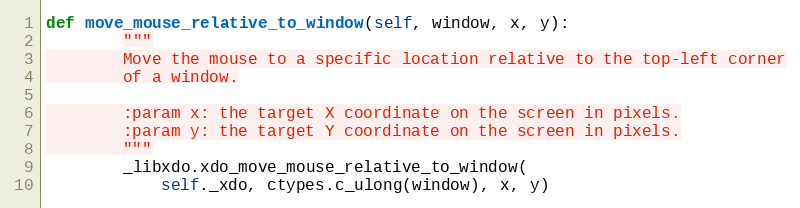
Language: Python
def move_mouse_relative_to_window(self, window, x, y):
        """
        Move the mouse to a specific location relative to the top-left corner
        of a window.

        :param x: the target X coordinate on the screen in pixels.
        :param y: the target Y coordinate on the screen in pixels.
        """
        _libxdo.xdo_move_mouse_relative_to_window(
            self._xdo, ctypes.c_ulong(window), x, y)